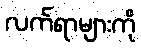
လက်ရာများကို